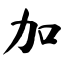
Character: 加